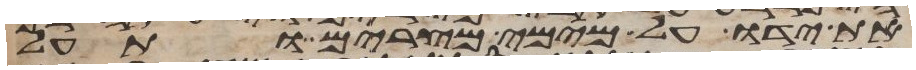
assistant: את ידו על מימי מצרים ותעל